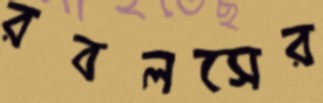
রবলসের